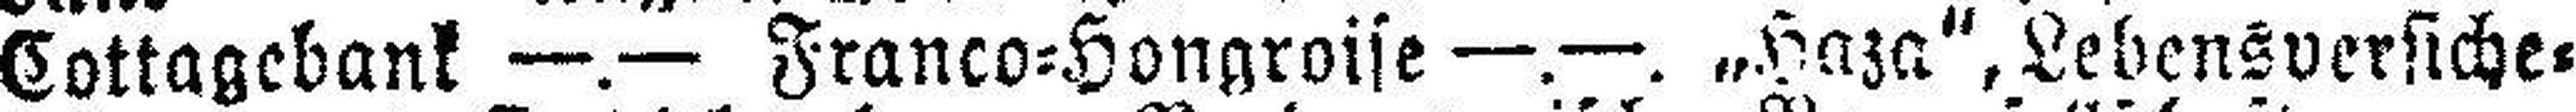
Cottagebank —.— Franco=Hongroise —.—. „Haza“, Lebensversiche¬